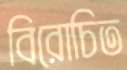
বিরোচিত